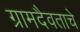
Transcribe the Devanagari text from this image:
ग्रामदैवताचे